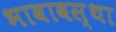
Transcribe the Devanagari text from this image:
भावावस्था